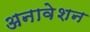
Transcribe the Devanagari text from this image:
अनावेशन